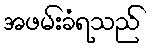
အဖမ်းခံရသည်